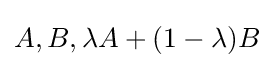
{\textstyle A,B,\lambda A+(1-\lambda )B}